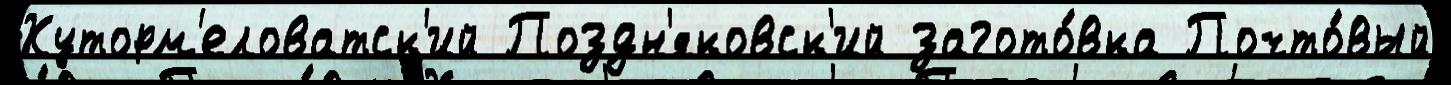
Хуторм'еловатск'ий Поздн'яковск'ий загото́вка Почто́вый